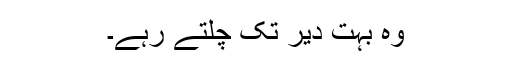
وہ بہت دیر تک چلتے رہے۔